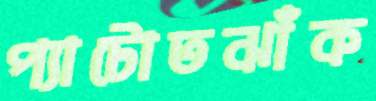
প্যাটোতঝাঁক